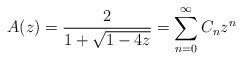
\begin{align*}A(z) = \frac{2}{1 + \sqrt{1-4z}} = \sum_{n=0}^{\infty} C_{n}z^{n}\end{align*}